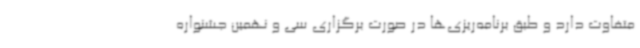
متفاوت دارد و طبق برنامه‌ریزی‌ها در صورت برگزاری سی و نهمین جشنواره